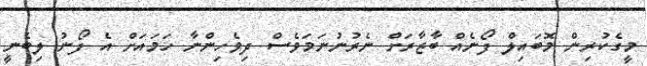
މީގެކުރިން މޮބައިލް ފޯނެއް ބާޒާރަށް ނެރުނުނަމަވެސް ދިވެހިންނާ ހަމައަށް އެ ފޯނު ލިބެނީ